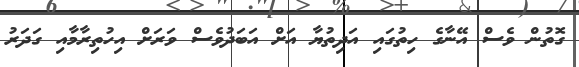
ގޮތުން ވެސް އޭނާގެ ހިތުގައި އަދިތުޔާ އަށް އަބަދުވެސް ވަރަށް އިހުތިރާމާއި ގަދަރު